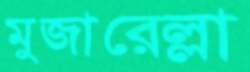
মুজারেল্লা